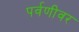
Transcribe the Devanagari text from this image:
पर्वणीवर